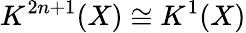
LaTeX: K^{2n+1}(X)\cong K^{1}(X)